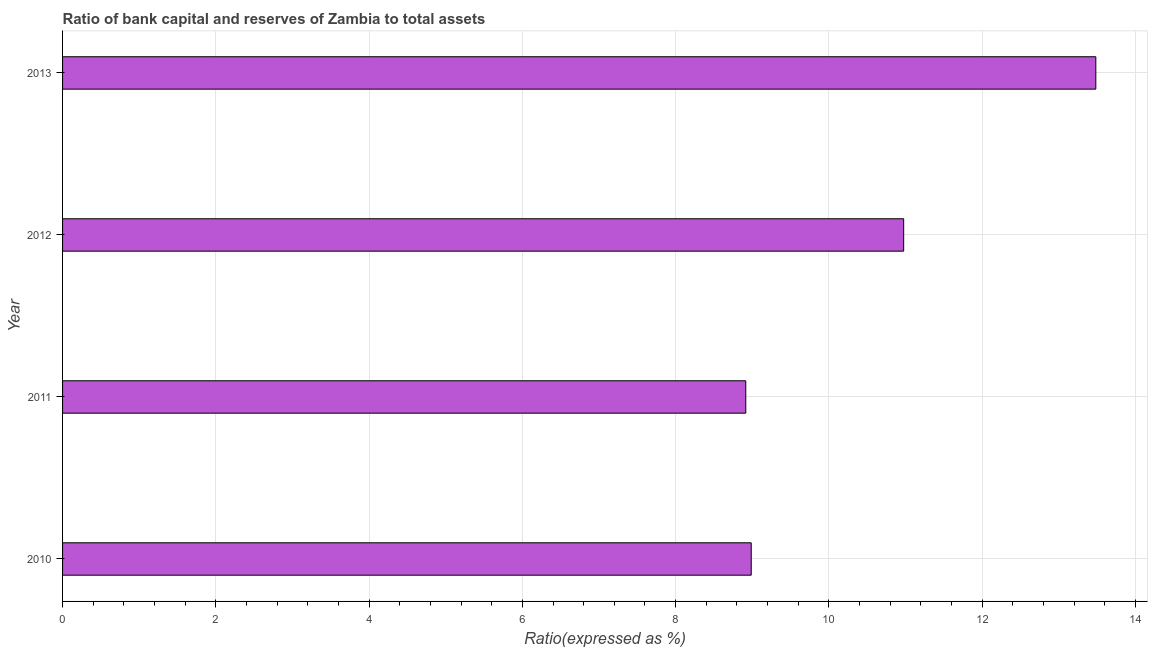
| Year | Bank capital to assets ratio |
 | --- | --- |
 | 2010 | 8.99 |
 | 2011 | 8.92 |
 | 2012 | 11 |
 | 2013 | 13.5 |